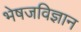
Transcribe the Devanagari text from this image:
भेषजविज्ञान